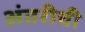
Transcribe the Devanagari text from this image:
अंतरीची